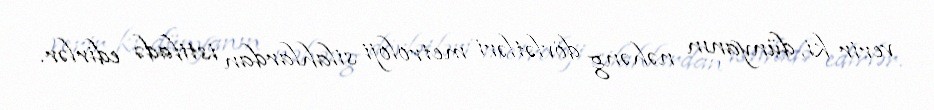
verir ki, dünyanın nəhəng dövlətləri metroloji silahlardan istifadə edirlər.